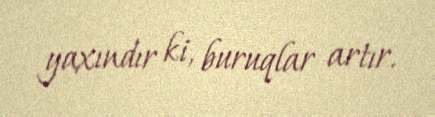
yaxındır ki, buruqlar artır.